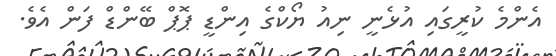
އެންމެ ކުރީގައި އުޅެނީ ނިއު ޔޯކްގެ އިންޑީ ޕޮޕް ބޭންޑް ފަން އެވެ.